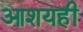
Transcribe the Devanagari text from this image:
आशयही